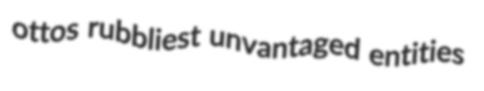
ottos rubbliest unvantaged entities